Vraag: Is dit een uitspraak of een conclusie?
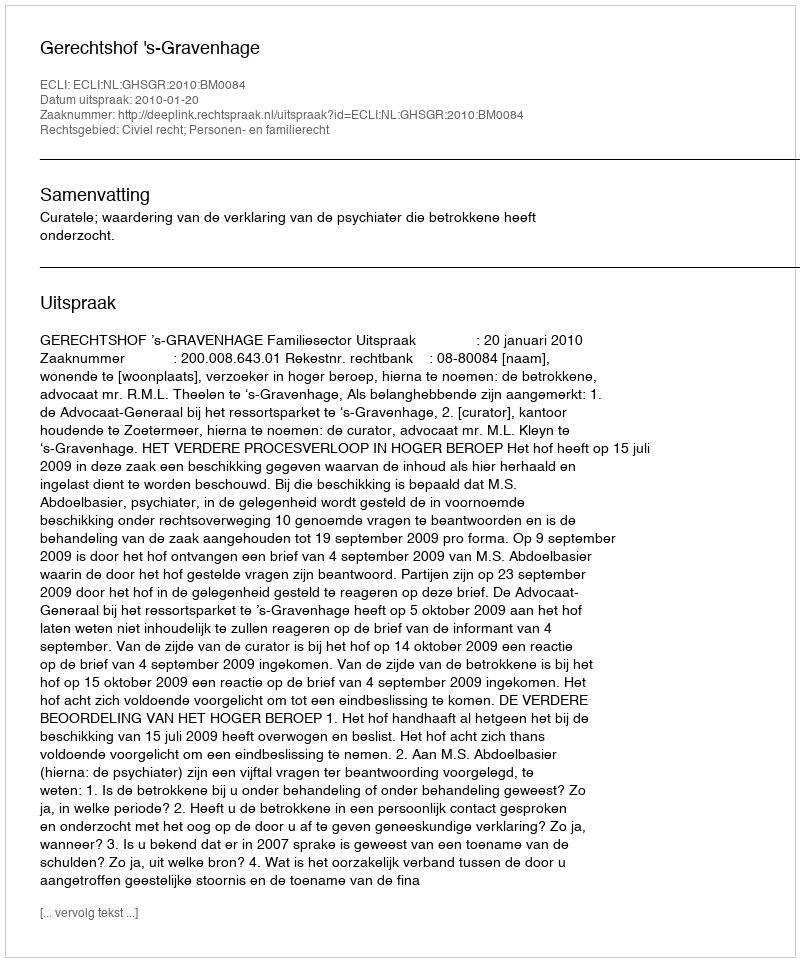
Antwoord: Uitspraak